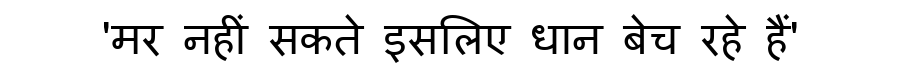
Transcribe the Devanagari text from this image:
'मर नहीं सकते इसलिए धान बेच रहे हैं'